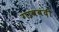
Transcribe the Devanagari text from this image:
गावबंदी